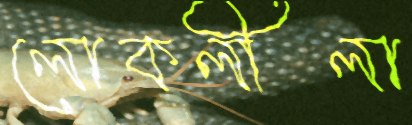
লোকলীলা